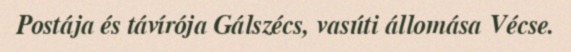
Postája és távírója Gálszécs, vasúti állomása Vécse.